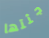
جثتها